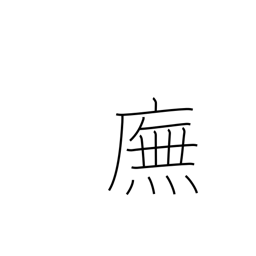
Meaning: walking under the eaves